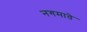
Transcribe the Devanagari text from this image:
नगमाते